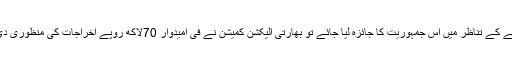
سرمائے کے تناظر میں اس جمہوریت کا جائزہ لیا جائے تو بھارتی الیکشن کمیشن نے فی امیدوار 70لاکھ روپے اخراجات کی منظوری دی تھی۔